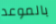
بالموعد